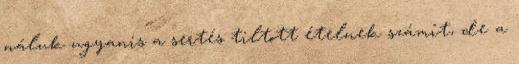
náluk ugyanis a sertés tiltott ételnek számít, de a